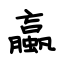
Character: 蠃